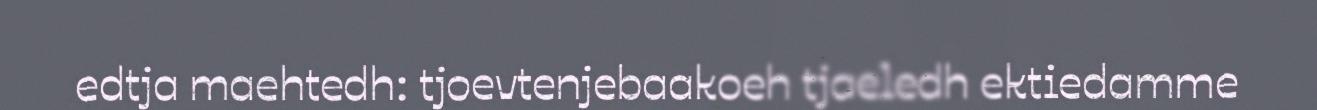
edtja maehtedh: tjoevtenjebaakoeh tjaeledh ektiedamme